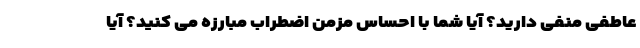
عاطفی منفی دارید؟ آیا شما با احساس مزمن اضطراب مبارزه می کنید؟ آیا